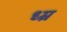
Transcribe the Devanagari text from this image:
ध्म्र